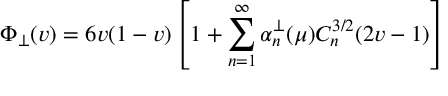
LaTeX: \Phi _ { \perp } ( v ) = 6 v ( 1 - v ) \left[ 1 + \sum _ { n = 1 } ^ { \infty } \alpha _ { n } ^ { \perp } ( \mu ) C _ { n } ^ { 3 / 2 } ( 2 v - 1 ) \right]